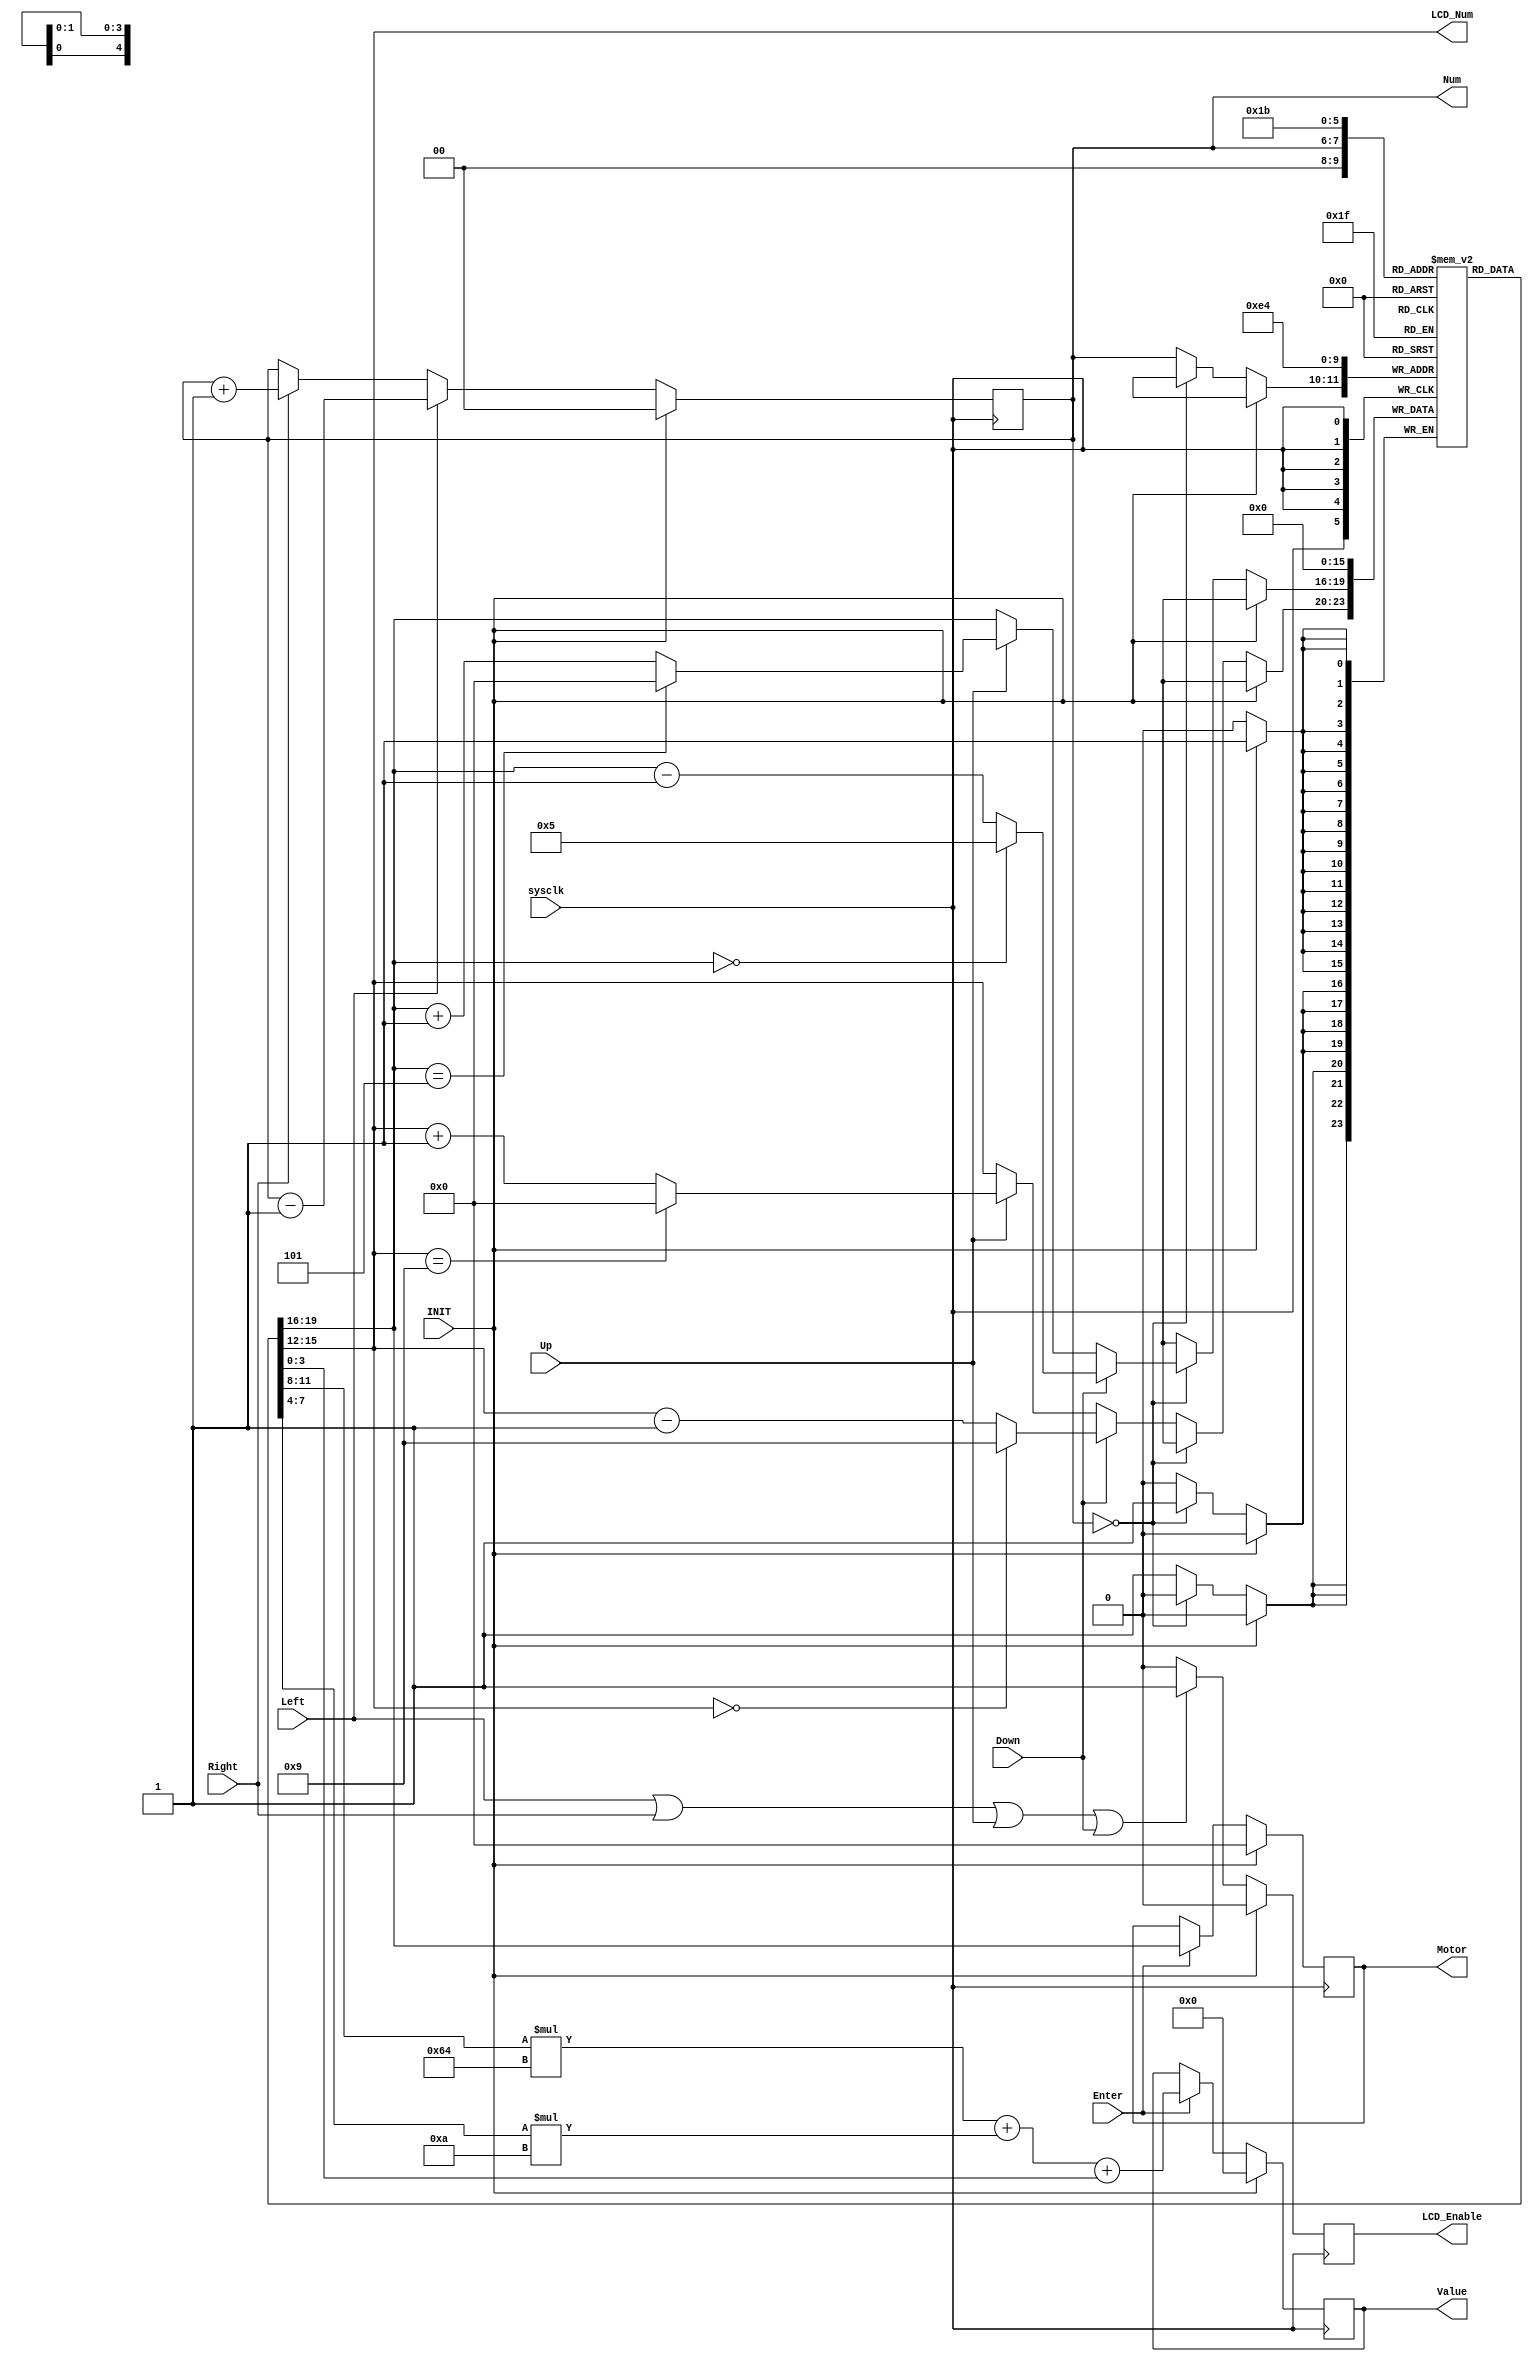
`timescale 1ns / 1ps
//////////////////////////////////////////////////////////////////////////////////
// Company: 
// Engineer: 
// 
// Design Name: 
// Module Name: Input
// Project Name: 
// Target Devices: 
// Tool Versions: 
// Description: 
// 
// Dependencies: 
// 
// Revision:
// Revision 0.01 - File Created
// Additional Comments:
// 
//////////////////////////////////////////////////////////////////////////////////


// 5{Left,Right,Enter,Up,Down}
// Left/Right/Up/Down/
// Enter
module Input(
	input sysclk,
	input Left,
	input Right,
	input Up,
	input Down,
	input Enter,
	input INIT,
	// To Control
	output reg[9:0] Value, // 
	output reg[3:0] Motor, // 
	// To LCD_Input
	output reg[1:0] Num, // 
	output reg LCD_Enable, // LCD
	output wire[3:0] LCD_Num // LCD
	);
	reg[3:0] Para_Value[3:0];
	
	// LCD:
	always @(posedge sysclk) begin
		if (INIT==1) 
			LCD_Enable <= 0;
		else begin
			LCD_Enable <= (Left|Right|Up|Down)==1 ? 1 : 0;
		end
	end
	// Num
	always @(posedge sysclk) begin
		if (INIT==1) begin
			Num <= 0;
		end	
		else begin
			Num <= Left==1 ? Num-1 : (Right==1 ? Num+1 : Num);
		end
	end
	// /
	always @(posedge sysclk) begin
	 	if (INIT==1) begin
	 		Para_Value[0] <= 0; Para_Value[1] <= 0;
	 		Para_Value[2] <= 0; Para_Value[3] <= 0;
	 	end
	 	else begin
	 		if (Num==2'b00) begin
	 			Para_Value[0] <= Down==1 ? (Para_Value[0]==0 ? 5 : Para_Value[0]-1)
										: (Up==1 ? (Para_Value[0]==5 ? 0 : Para_Value[0]+1) : Para_Value[0]);
	 		end
	 		else begin
	 			Para_Value[Num] <= Down==1 ? (Para_Value[Num]==0 ? 9 : Para_Value[Num]-1)
									: (Up==1 ? (Para_Value[Num]==9 ? 0 : Para_Value[Num]+1) : Para_Value[Num]);
	 		end
		end
	 end

	 // LCD_Num
	 assign LCD_Num = Para_Value[Num];

	 // 
	 always @(posedge sysclk ) begin
		if (INIT==1) begin
			Value <= 0; Motor <= 0;
		end
		else begin
			Motor <= Enter==1 ? Para_Value[0] : Motor;
			Value <= Enter==1 ? Para_Value[1]*100 + Para_Value[2]*10 + Para_Value[3] : Value;
		end
	end
endmodule